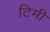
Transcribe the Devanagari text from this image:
टिमी